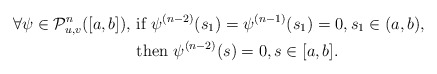
\begin{align*}\forall \psi\in {\cal P}^n_{u,v}([a,b]),\,\,&\hbox{if}\,\, \psi^{(n-2)}(s_1)=\psi^{(n-1)}(s_1)=0, s_1\in(a,b),\\&\hbox{then}\,\, \psi^{(n-2)}(s)=0, s\in[a,b]. \end{align*}